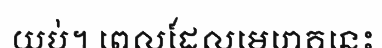
យប់។ ពេលដែលមេរោគនេះ